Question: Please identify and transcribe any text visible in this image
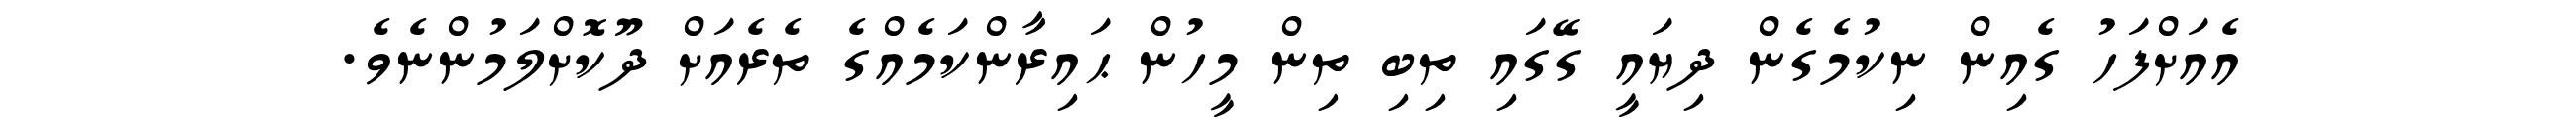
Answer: އެއަށްފަހު ގެއިން ނިކުމެގެން ދިޔައީ ގޭގައި ތިބި ތިން މީހުން ޙައިރާންކަމެއްގެ ތެރެއަށް ދޫކޮށްލަމުންނެވެ.